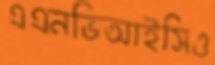
এএনভিআইসিও